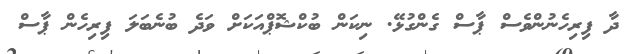
ދާ ފިރިހެނުންވެސް ޕާސް ގެންގުޅޭ. ނިކަން ބުކްޝޮޕްއަކަށް ވަދެ ބުނެބަލަ ފިރިހެން ޕާސް